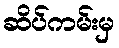
ဆိပ်ကမ်းမှ